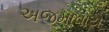
અજમાવાય